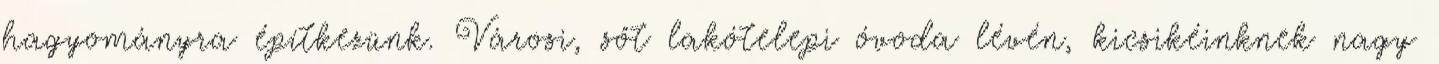
hagyományra építkezünk. Városi, sőt lakótelepi óvoda lévén, kicsikéinknek nagy